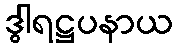
ဒွါရဋ္ဌပနာယ